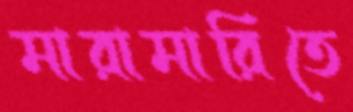
মারামারিতে